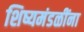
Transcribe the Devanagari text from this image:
शिष्यमंडळींना